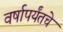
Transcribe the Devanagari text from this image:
वर्षापर्यंतचे